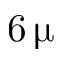
6 \, \upmu